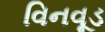
વિનવૂડ